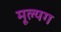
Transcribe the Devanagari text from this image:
मूल्यग